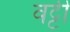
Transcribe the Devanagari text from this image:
वट्टी